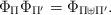
LaTeX: \begin{align*}\Phi_\Pi \Phi_{\Pi'} = \Phi_{\Pi\uplus\Pi'}.\end{align*}